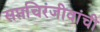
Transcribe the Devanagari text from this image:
सप्तचिरंजीवांची